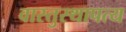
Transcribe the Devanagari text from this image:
वास्तुस्थापत्य